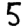
Digit: 5